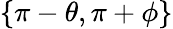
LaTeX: \{ \pi-\theta,\pi+\phi\}